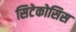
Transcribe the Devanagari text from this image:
सिटेकोसिस